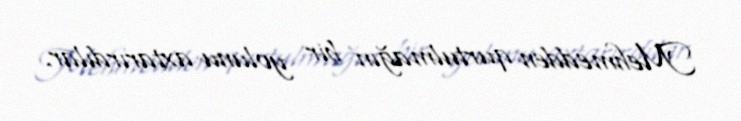
Mehmedden qurtulmağın bir yolunu axtarırdılar.